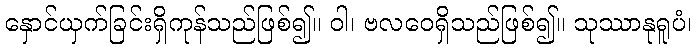
နှောင်ယှက်ခြင်းရှိကုန်သည်ဖြစ်၍။ ဝါ၊ ဗလဝေရှိသည်ဖြစ်၍။ သုဿာနုရူပံ၊